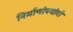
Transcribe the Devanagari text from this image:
निर्माणोपयोगी